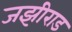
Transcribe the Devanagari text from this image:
जझीराड